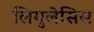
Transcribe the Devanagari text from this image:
लिगुलेसिस